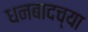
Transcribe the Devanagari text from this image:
धनबादच्या